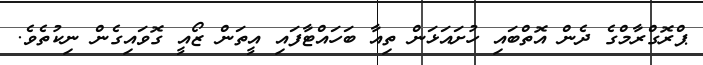
ޕްރޮގްރާމްގެ ދެން އޮތްބައި ހުށައަޅަން ތިއާ ބަހައްޓާފައި އީތަން ޒޯއީ ގޮވައިގެން ނިކުތެވެ.